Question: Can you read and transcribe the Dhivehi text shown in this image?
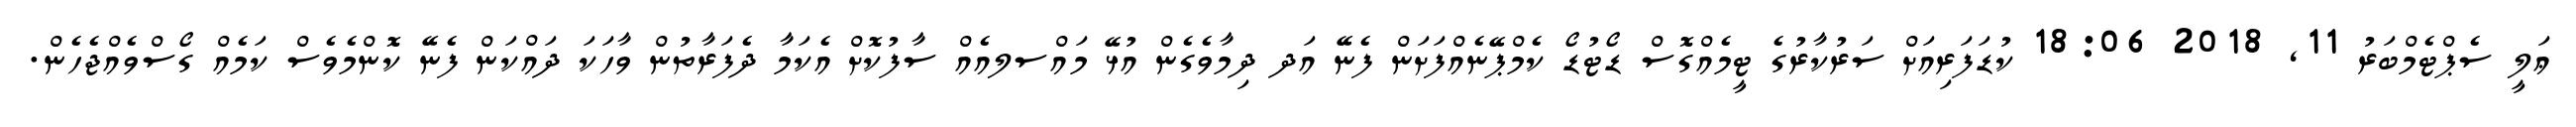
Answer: ޢަލީ ސެޕްޓެމްބަރު 11, 2018 18:06 ކުޑަފަރިއަށް ސަރުކާރުގެ ޓީމެއްގޮސް ޑޯޓުޑޯ ކެމްޕޭނެއްފަށަން ފެނޭ އަދ ދިމާވެގެން އުޅޭ މައްސލއެއް ސާފުކޮށް އެކަމާ ދެފަރާތުން ވާހަކަ ދައްކަން ފެނޭ ކޮންމެވެސް ކަމެއް ގޯސްވެއްޖެހެން.